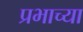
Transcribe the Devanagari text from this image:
प्रभाच्या